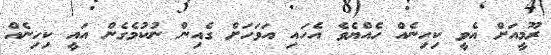
ރޫމީއަށް އެވީ ކިހިނެއް ހެއްޔެވެ އެހައި އަވަހަށް ގެއިން ނުކުމެގެން އައީ ކިހިނެއް